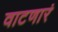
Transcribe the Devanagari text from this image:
वाटणारं